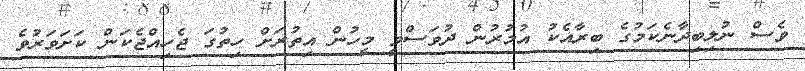
ވެސް ނުލިބިދާނެކަމުގެ ބިރާއެކު އުމުރުން ދުވަސްވީ މީހުން އިތުރަށް ހިތުގަ ޖެހިއްޖެކަން ކަށަވަރުވެ